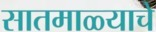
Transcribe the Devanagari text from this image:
सातमाळ्याचे